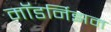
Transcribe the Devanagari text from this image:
मॉडर्निझम